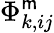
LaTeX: \Phi_{k,ij}^{\mathsf{m}}